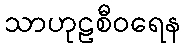
သာဟုဠစီဝရေန